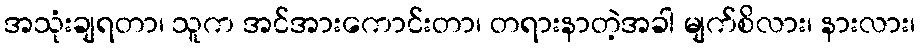
အသုံးချရတာ၊ သူက အင်အားကောင်းတာ၊ တရားနာတဲ့အခါ မျက်စိလား၊ နားလား၊